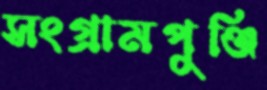
সংগ্রামপুঞ্জি